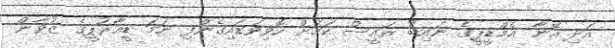
އަދި އޭނާ އެމްޑީޕީގެ ނައިބު ރައީސް ކަމަށް ހޮވިވަޑައިގެންފި ނަމަ ޑީއާރުޕީގެ ޒުވާން